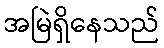
အမြဲရှိနေသည်